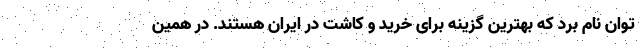
توان نام برد که بهترین گزینه برای خرید و کاشت در ایران هستند. در همین